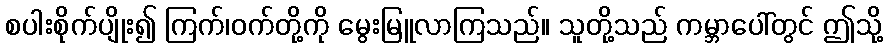
စပါးစိုက်ပျိုး၍ ကြက်၊ဝက်တို့ကို မွေးမြူလာကြသည်။ သူတို့သည် ကမ္ဘာပေါ်တွင် ဤသို့